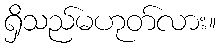
ရှိသည်မဟုတ်လား။